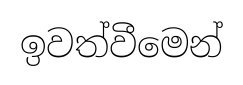
ඉවත්වීමෙන්